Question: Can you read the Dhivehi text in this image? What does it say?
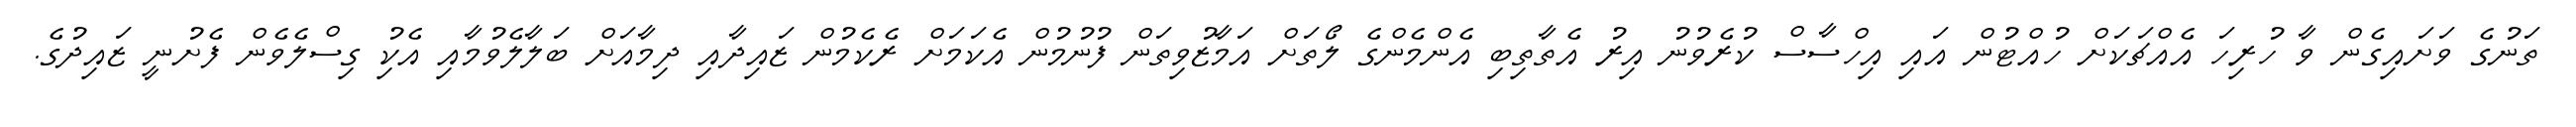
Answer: ތަނުގެ ވަށައިގެން ވާ ހުރިހަ އެއްޗަކަށް ހުއްޓުން އައި އިހްސާސް ކުރެވުނު އިރު އެތާތިބި އެންމެންގެ ލޯތަށް އަމާޒުވިތަން ފުނުމުން އެކަމަށް ރެކެމުން ޒައިދާއި ދިމާއަށް ބަލާލެވުމާއި އެކުި ގިސްލެވެން ފެށުނީ ޒައިދުގެ.